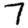
Digit: 7